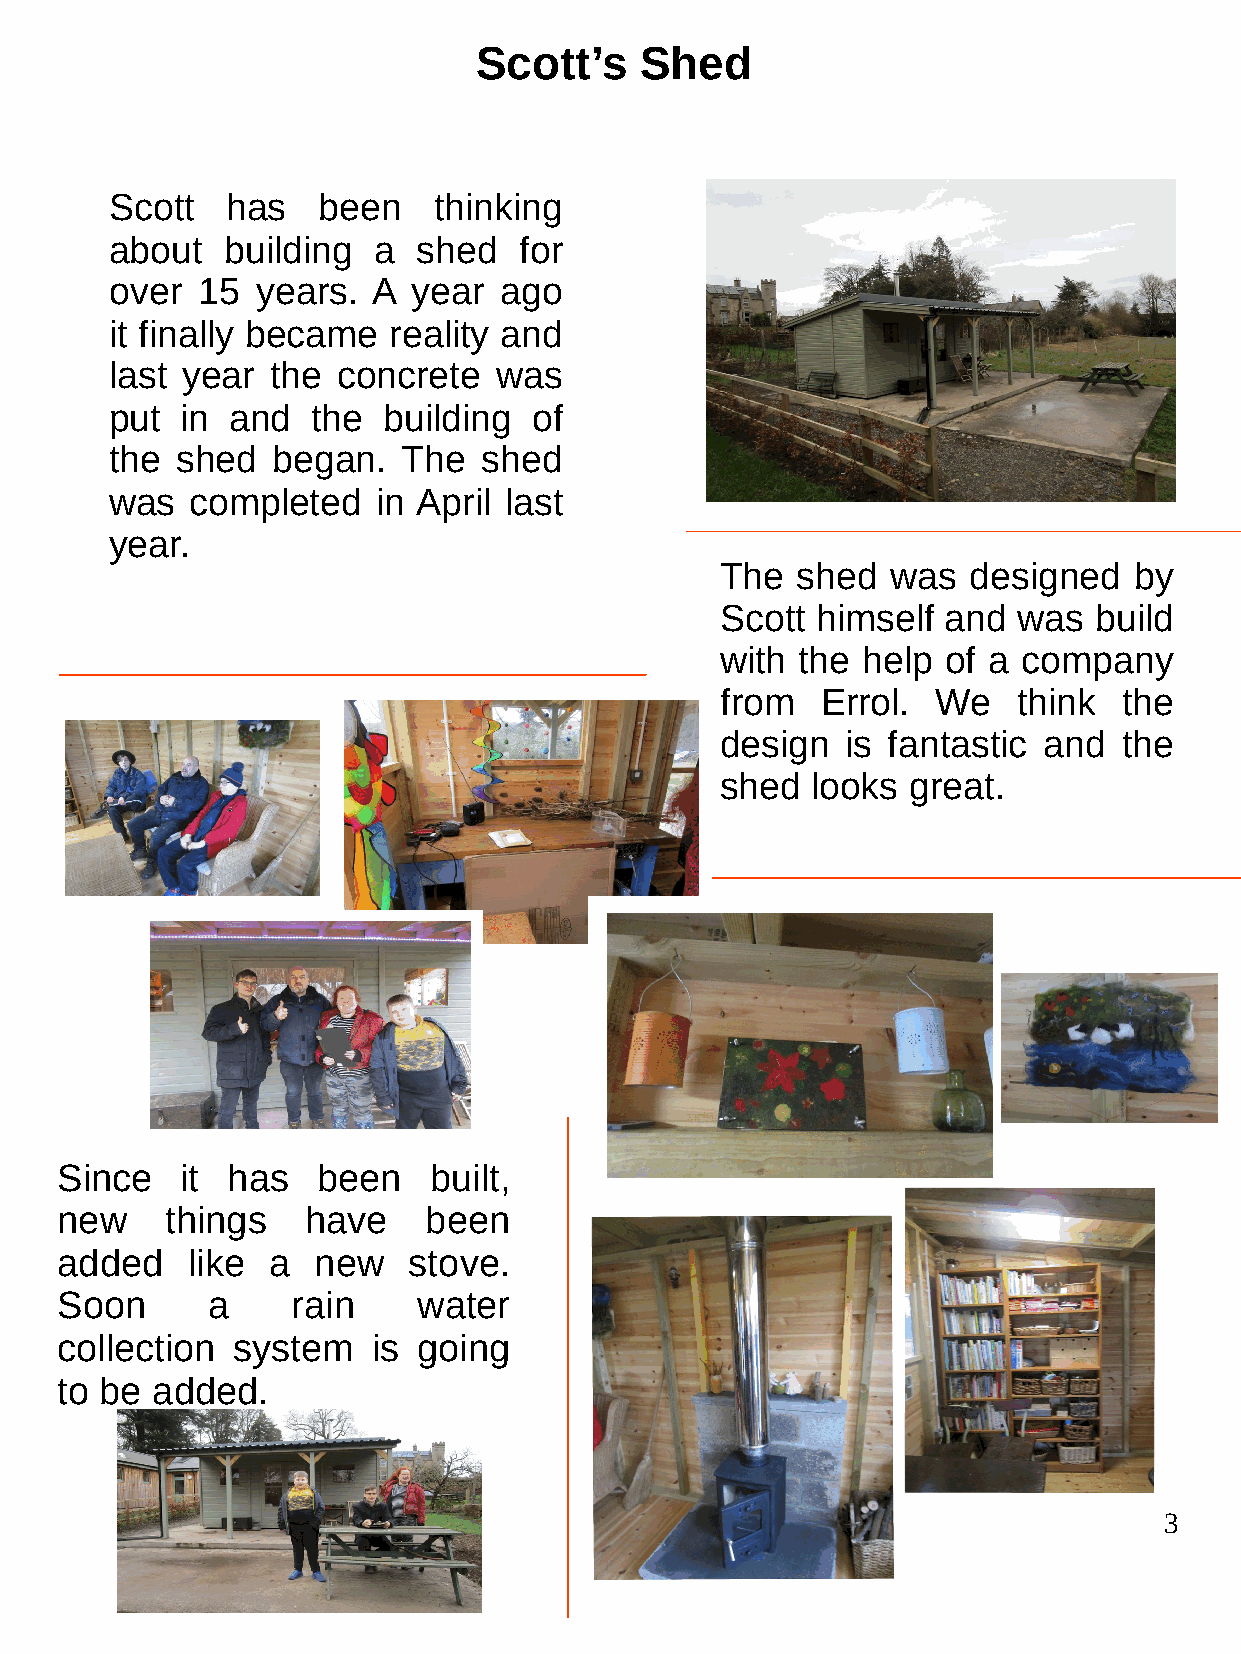
Scott’s   Shed
 Scott   has   been    thinking
 about   building  a  shed  for
 over  15  years.  A year  ago
 it finally became  reality and
 last year  the concrete   was
 put  in and   the building  of
 the  shed  began.   The  shed
 was   completed   in April last
 year.
 The  shed  was  designed   by
 Scott himself  and was  build
 with the help  of a company
 from  Errol.  We   think  the
 design  is fantastic and  the
 shed  looks great.
 Since   it has   been   built,
 new    things   have    been
 added   like  a  new   stove.
 Soon      a    rain     water
 collection system    is going
 to be added.
 3